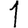
Digit: 1